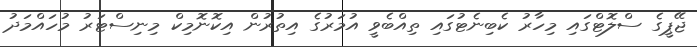
ޖޭޕީގެ ސްލޮޓްގައި މިހާރު ކެބިނެޓުގައި ތިއްބެވީ އުމަރުގެ އިތުރުން އިކޮނޮމިކް މިނިސްޓަރު މުހައްމަދު